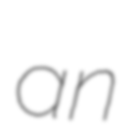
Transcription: an